Annual report on the working of the mental hospitals in the Madras Presidency - 1912-1932
Year: 1912
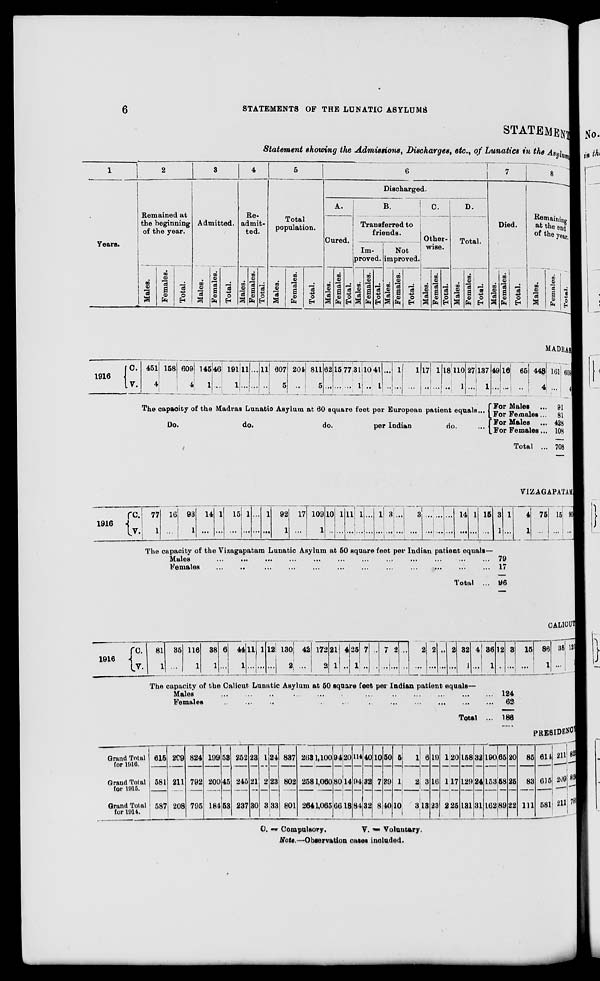
6
STATEMENTS OF THE LUNATIC ASYLUMS
STATEMENT
Statement showing the Admissions, Discharges, etc., of Lunatics in the Asylum
1
Years.
1916
C.
V.
2
Remained at
the beginning
of the year.
Males.
Females.
Total.
3
Admitted.
Males.
Females.
Total.
4
Re-
admit-
ted.
Males.
Females.
Total.
5
Total
population.
Males.
Females.
Total.
6
Discharged.
A.
Cured.
Males.
Females.
Total.
B.
Transferred to
friends.
Im-
proved.
Males.
Females.
Total.
Not
improved.
Males.
Females.
Total.
C.
Other-
wise.
Males.
Females.
Total.
D.
Total.
Males.
Females.
Total.
7
Died.
Males.
Females.
Total.
8
Remaining
at the end
of the year.
Males.
Females.
Total.
MADRAS
451
4
158
...
609
4
145
1
46
...
191
1
11
...
...
...
11
...
607
5
204
...
811
5
62
...
15
...
77
...
31
1
10
...
41
1
...
...
1
...
1
...
17
...
1
...
18
...
110
1
27
...
137
1
The capacity of the Madras Lunatic Asylum at 60 square feet per European patient equals ...
Do.
do.
do.
per Indian
do. ...
49
...
16
...
65
...
448
4
For Males ...
For Females ...
For Males ...
For Females ...
Total ...
161
...
609
4
91
81
428
108
708
1916
C.
V.
77
1
16
...
93
1
14
...
1
...
15
...
1
...
...
...
1
...
92
1
17
...
109
1
10
...
1
...
11
...
1
...
...
...
1
...
3
...
...
...
3
...
...
...
...
...
...
...
14
...
1
...
15
...
3
1
VIZAGAPATAM
1
...
The capacity of the Vizagapatam Lunatic Asylum at 50 square feet per Indian patient equals—
Males
... ... ... ... ... ... ... ... ... ... ... ...
Females
...
...
...
...
...
...
...
...
...
...
...
...
Total ...
79
17
96
4
1
75
...
15
...
90
...
CALICUT
1916
C.
V.
Grand Total
for 1916.
Grand Total
for 1915.
Grand Total
for 1914.
81 1 35
...
116
1
38
1
6
...
44
1
11
...
1
...
12
...
130
2
42
...
172
2
21
1
4
... 25
1
7
...
...
...
7
...
2
...
...
...
2
...
2
...
...
...
2
...
32
1
4
...
36
1
12
...
3
...
The capacity of the Calicut Lunatic Asylum at 50 square feet per Indian patient equals—
Males
...
...
...
...
...
...
...
...
...
...
...
Females
...
...
...
...
...
...
...
...
...
...
Total ...
124
62
186
15
...
86
1
35
...
121
1
PRESIDENCY
615
581
587
209
211
208
824
792
795
199
200
184
53
45
53
252
245
237
23
21
30
1
2
3
24
23
33
837
802
801
263
258
264
1,100
1,060
1,065
94
80
66
20
14
18
114
94
84
40
32
32
10
7
8
50
39
40
5
1
10
1
2
3
6
3
13
19
16
23
1
1
2
20
17
25
158
129
131
32
24
31
190
153
162
65
58
89
20
25
22
85
83
111
614
615
581
211
209
211
82
82
792
C.=Compulsory.
V.=
Voluntary.
Note.—Observation cases included.